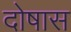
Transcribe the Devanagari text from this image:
दोषास